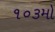
૧૦૩મો